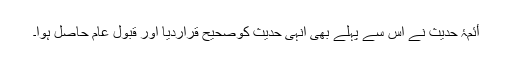
أئمۂ حدیث نے اس سے پہلے بھی انہی حدیث کوصحیح قراردیا اور قبول عام حاصل ہوا۔